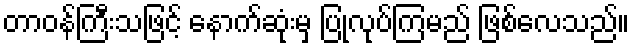
တာဝန်ကြီးသဖြင့် နောက်ဆုံးမှ ပြုလုပ်ကြမည် ဖြစ်လေသည်။